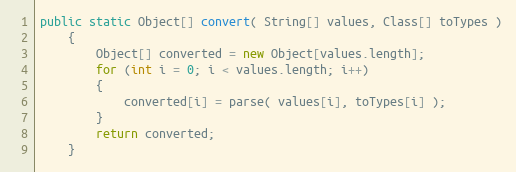
Language: Java
public static Object[] convert( String[] values, Class[] toTypes )
    {
        Object[] converted = new Object[values.length];
        for (int i = 0; i < values.length; i++)
        {
            converted[i] = parse( values[i], toTypes[i] );
        }
        return converted;
    }